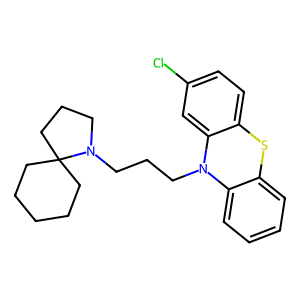
SMILES: Clc1ccc2c(c1)N(CCCN1CCCC13CCCCC3)c1ccccc1S2
Inhibits HIV replication: No